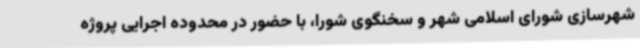
شهرسازی شورای اسلامی شهر و سخنگوی شورا، با حضور در محدوده اجرایی پروژه